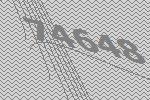
74648